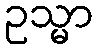
ဥသ္မာ